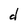
Character: d